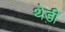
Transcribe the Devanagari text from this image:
थेड़ी